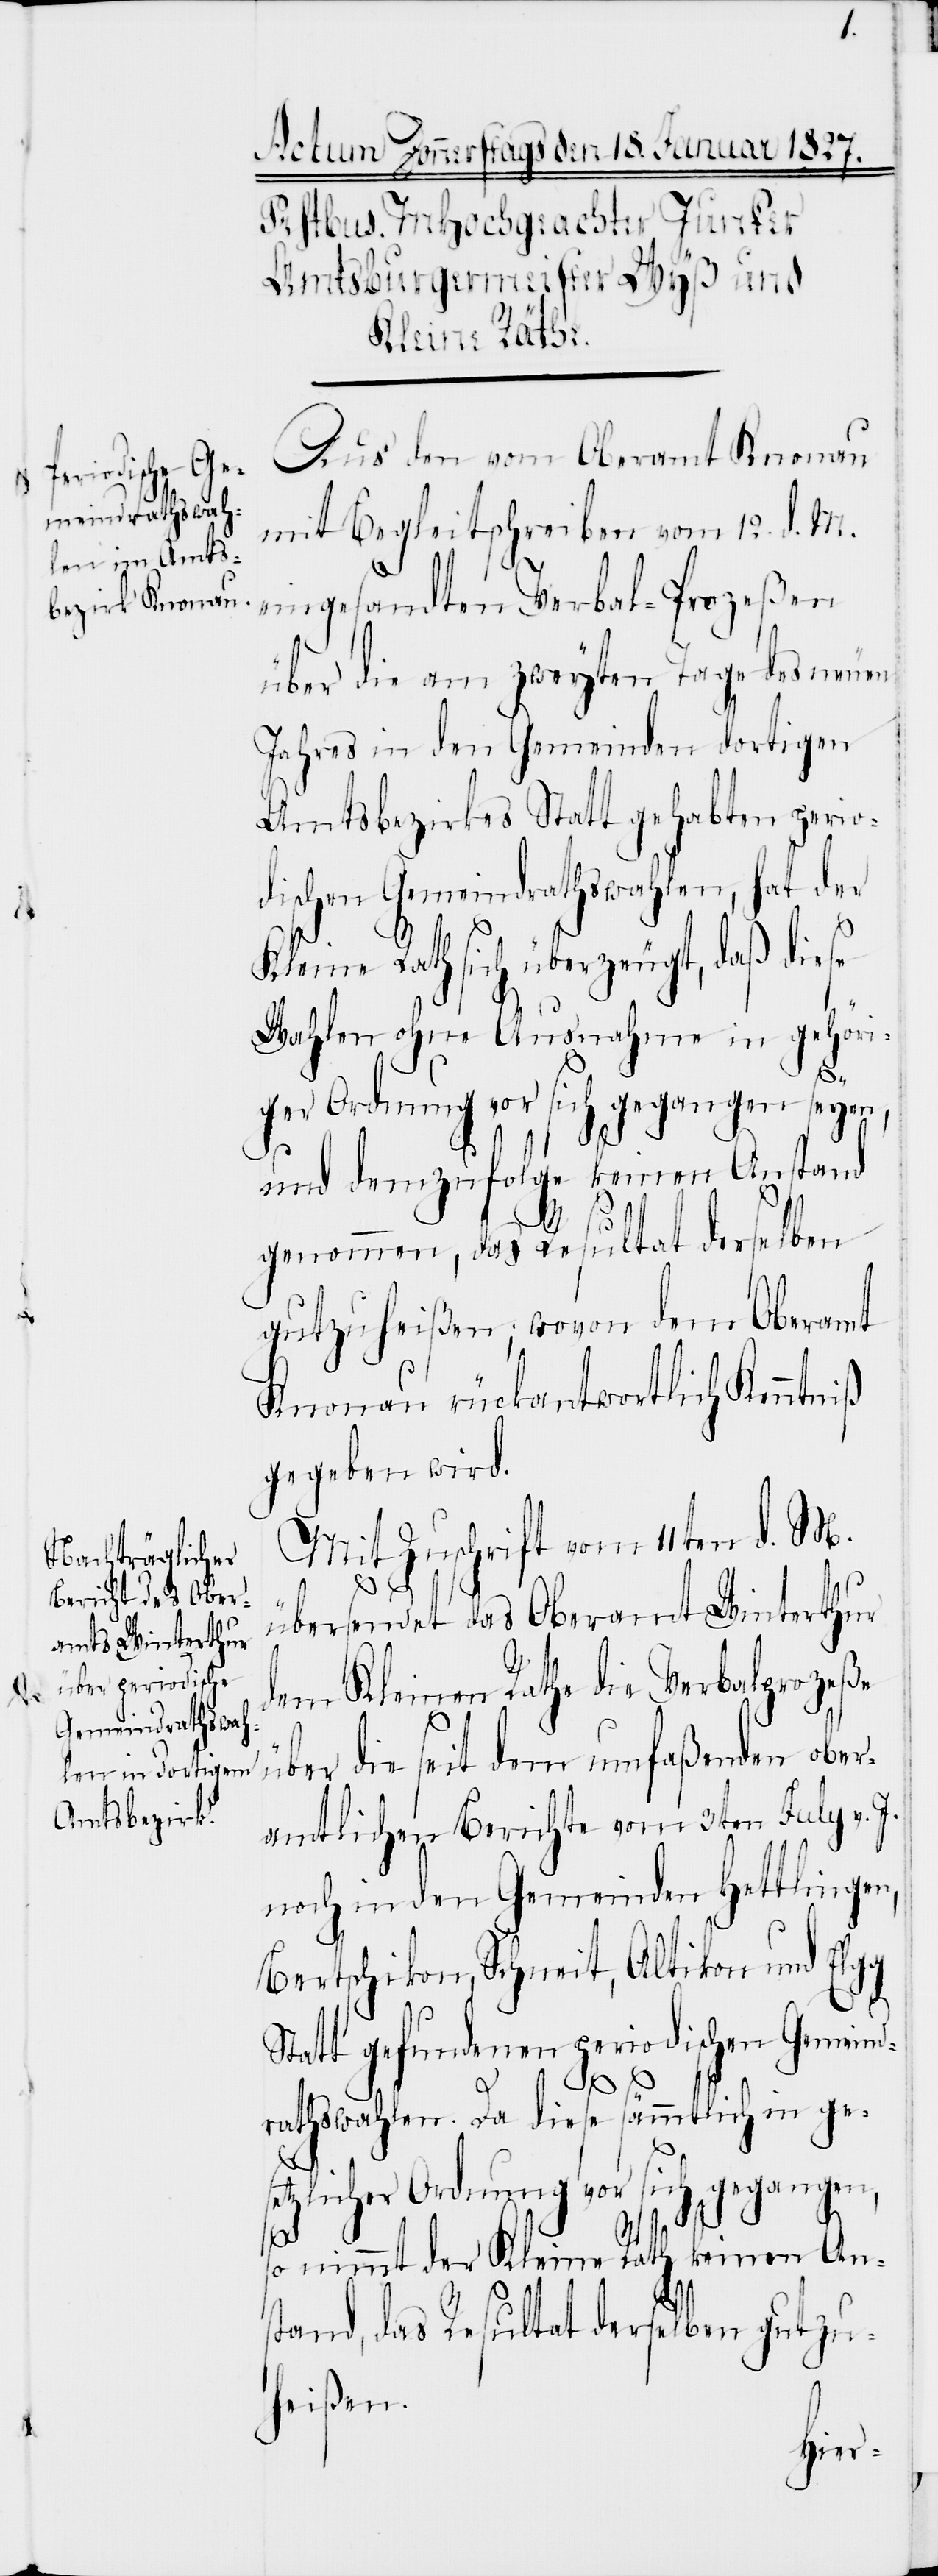
Aus den vom Oberamt Knonau
mit Begleitschreiben vom 12. d. M.
eingesandten Verbal-Prozeßen
über die am zweyten Tage des neuen
Jahres in den Gemeinden dortigen
Amtsbezirkes Statt gehabten perio¬
dischen Gemeindrathswahlen, hat der
Kleine Rath sich überzeugt, daß diese
Wahlen ohne Ausnahme in gehöri¬
ger Ordnung vor sich gegangen seyen,
und demzufolge keinen Anstand
genommen, das Resultat derselben
gutzuheißen; wovon dem Oberamt
Knonau rückantwortlich Kenntniß
gegeben wird.
Mit Zuschrift vom 11ten d. M.
übersendet das Oberamt Winterthur
dem Kleinen Rathe die Verbalprozeße
die seit dem umfaßenden ober¬
über
amtlichen Berichte vom 3ten July v. J.
noch in den Gemeinden Hettlingen,
Bertschikon, Schneit, Altikon und Elgg
Statt gefundenen periodischen Gemeind¬
rathswahlen. Da diese sämmtlich in ge¬
setzlicher Ordnung vor sich gegangen,
so nimmt der Kleine Rath keinen An¬
stand, das Resultat derselben gutzu¬
heißen.